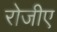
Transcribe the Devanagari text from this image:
रोजीए